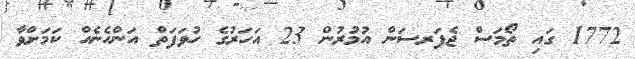
1772 ގައި ތޯމަސް ޖެފަރސަން އުމުރުން 23 އަހަރުގެ ހުވަފަތް އަންހެނެއް ކަމަށްވާ